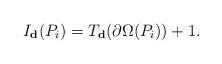
LaTeX: \begin{align*}I_{\textbf{d}}(P_i)=T_{\textbf{d}}(\partial \Omega (P_i))+1 .\end{align*}